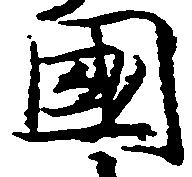
国